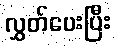
လွှတ်ပေးပြီး